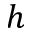
h